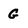
Character: G